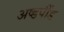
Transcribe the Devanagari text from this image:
अष्डपींड